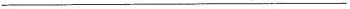
___